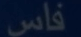
فس